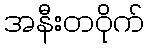
အနီးတဝိုက်